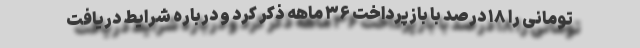
تومانی را ۱۸ درصد با بازپرداخت ۳۶ ماهه ذکر کرد و درباره شرایط دریافت